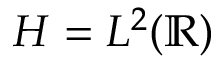
H = L ^ { 2 } ( \mathbb { R } )